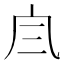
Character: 𠘹